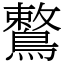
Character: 鷘